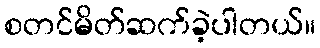
စတင်မိတ်ဆက်ခဲ့ပါတယ်။